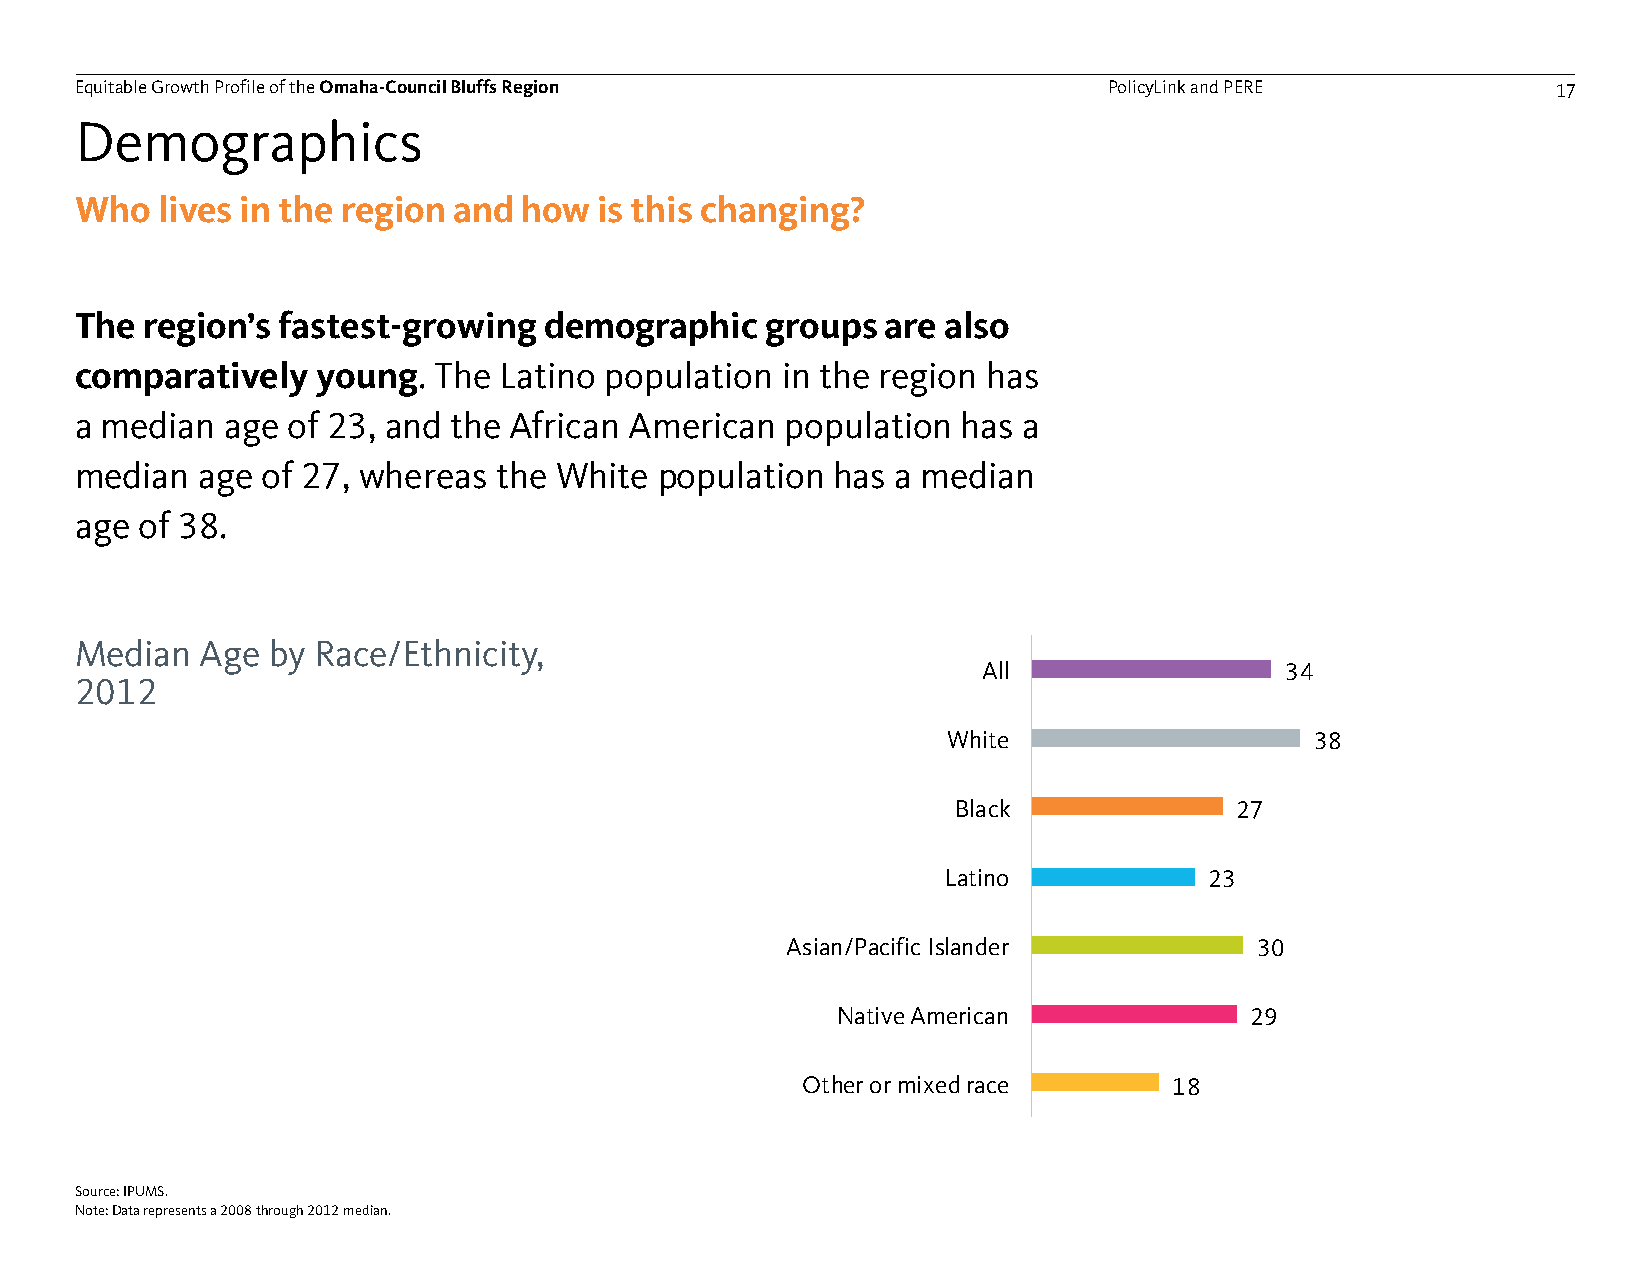
Equitable Growth Profile of theOmaha-Council Bluffs Region          PolicyLink and PERE           17
 Demographics
 Who  lives in the region and how   is this changing?
 The region’s fastest-growing   demographic    groups  are also
 comparatively   young.  The Latino population  in the region has
 a median  age of 23, and the African American  population  has a
 median  age of 27, whereas  the White  population has a median
 age of 38.
 Median  Age  by Race/Ethnicity,
 All                 34
 2012
 White                   38
 Black              27
 Latino           23
 Asian/Pacific Islander         30
 Native American             29
 Other or mixed race      18
 Source: IPUMS.
 Note: Data represents a 2008 through 2012 median.